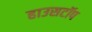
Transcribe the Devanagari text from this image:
हाउसटॉप